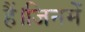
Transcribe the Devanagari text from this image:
हैं।जिनमें